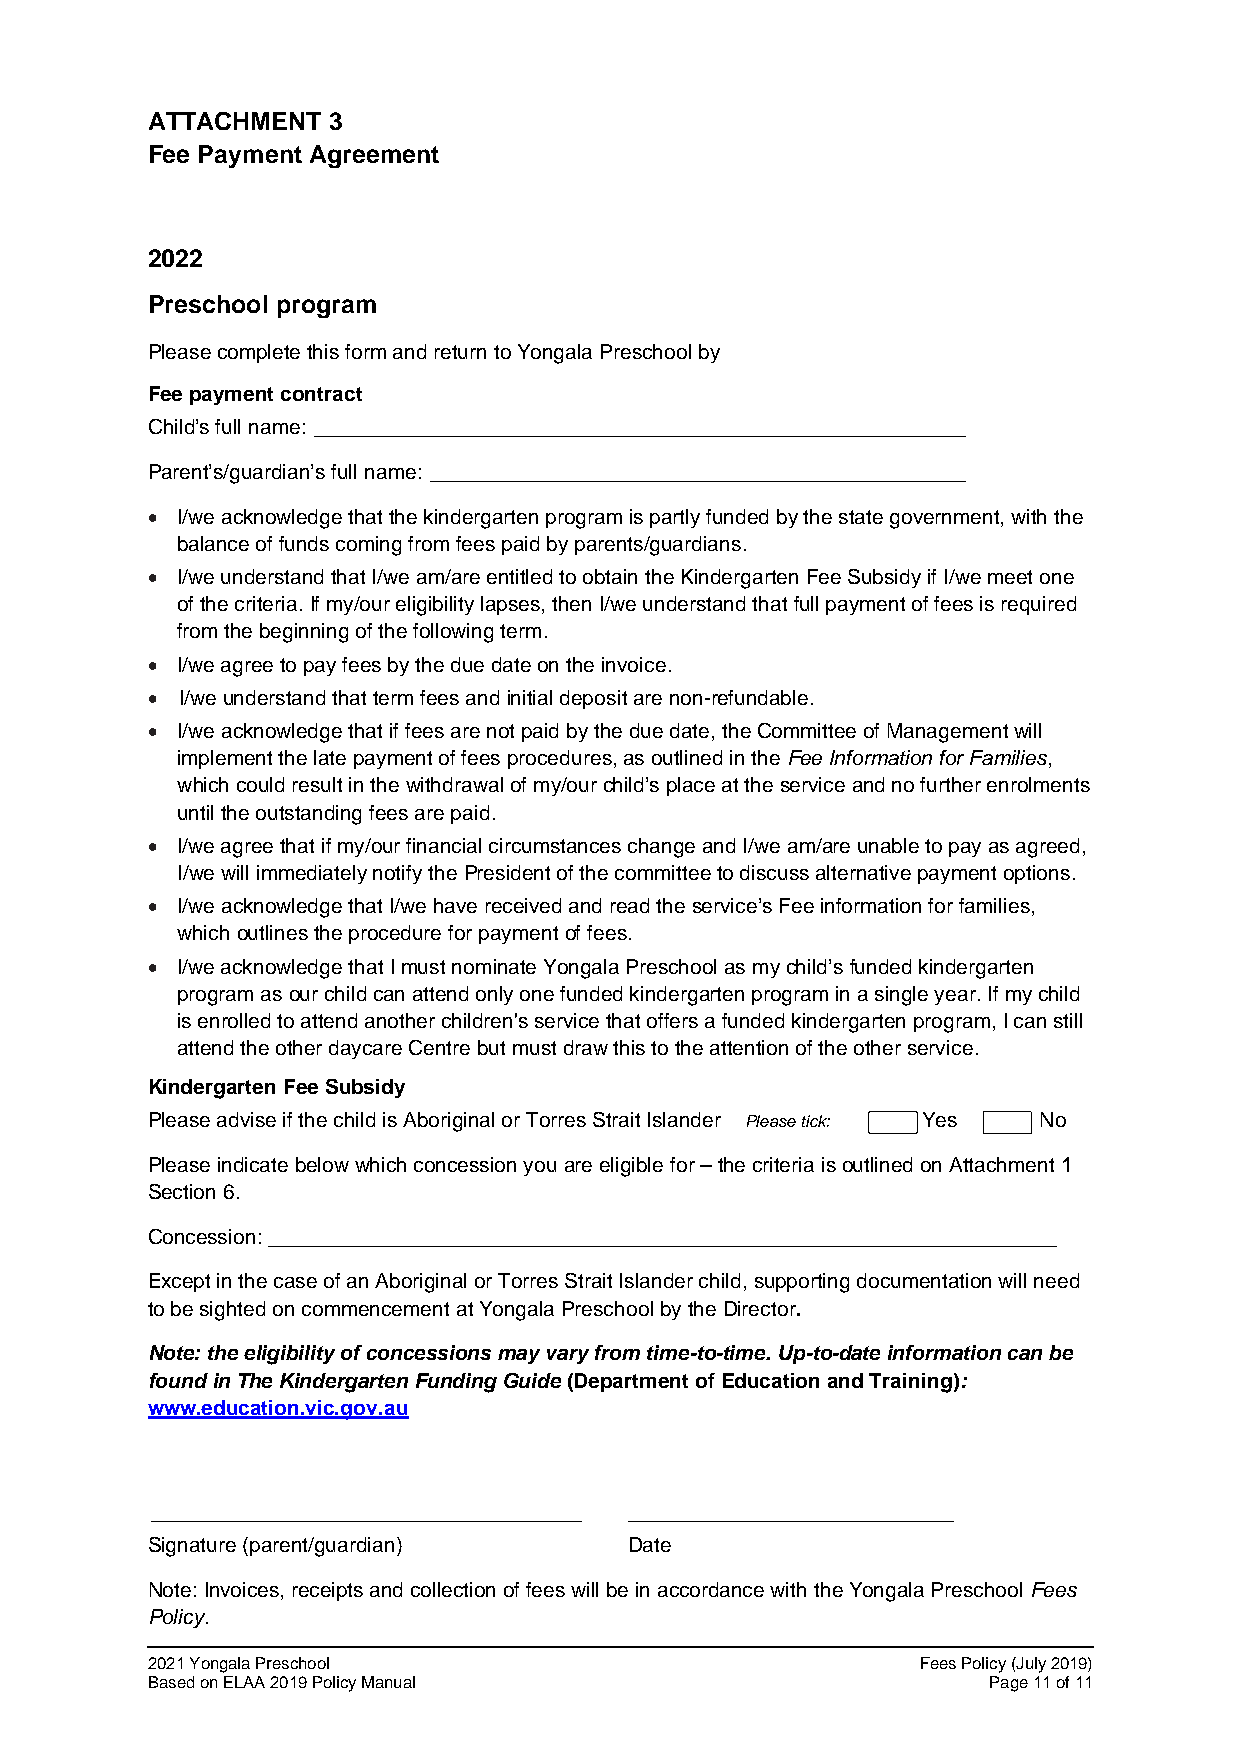
ATTACHMENT  3
 Fee Payment Agreement
 2022
 Preschool program
 Please complete this form and return to Yongala Preschool by
 Fee payment contract
 Child’s full name: ________________________________________________________
 Parent’s/guardian’s full name: ______________________________________________
 • I/we acknowledge that the kindergarten program is partly funded by the state government, with the
 balance of funds coming from fees paid by parents/guardians.
 • I/we understand that I/we am/are entitled to obtain the Kindergarten Fee Subsidy if I/we meet one
 of the criteria. If my/our eligibility lapses, then I/we understand that full payment of fees is required
 from the beginning of the following term.
 • I/we agree to pay fees by the due date on the invoice.
 • I/we understand that term fees and initial deposit are non-refundable.
 • I/we acknowledge that if fees are not paid by the due date, the Committee of Management will
 implement the late payment of fees procedures, as outlined in the Fee Information for Families,
 which could result in the withdrawal of my/our child’s place at the service and no further enrolments
 until the outstanding fees are paid.
 • I/we agree that if my/our financial circumstances change and I/we am/are unable to pay as agreed,
 I/we will immediately notify the President of the committee to discuss alternative payment options.
 • I/we acknowledge that I/we have received and read the service’s Fee information for families,
 which outlines the procedure for payment of fees.
 • I/we acknowledge that I must nominate Yongala Preschool as my child’s funded kindergarten
 program as our child can attend only one funded kindergarten program in a single year. If my child
 is enrolled to attend another children's service that offers a funded kindergarten program, I can still
 attend the other daycare Centre but must draw this to the attention of the other service.
 Kindergarten Fee Subsidy
 Please advise if the child is Aboriginal or Torres Strait Islander Please tick: Yes No
 Please indicate below which concession you are eligible for – the criteria is outlined on Attachment 1
 Section 6.
 Concession: ____________________________________________________________________
 Except in the case of an Aboriginal or Torres Strait Islander child, supporting documentation will need
 to be sighted on commencement at Yongala Preschool by the Director.
 Note: the eligibility of concessions may vary from time-to-time. Up-to-date information can be
 found in The Kindergarten Funding Guide (Department of Education and Training):
 www.education.vic.gov.au
 _____________________________________ ____________________________
 Signature (parent/guardian)     Date
 Note: Invoices, receipts and collection of fees will be in accordance with the Yongala Preschool Fees
 Policy.
 2021 Yongala Preschool                             Fees Policy (July 2019)
 Based on ELAA 2019 Policy Manual                       Page 11 of 11